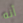
أنه